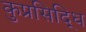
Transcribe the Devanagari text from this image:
कुप्रसिद्धि